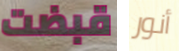
قبضت أنور